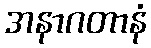
အနာဂတာနံ